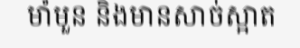
មាំមួន និងមានសាច់ស្អាត